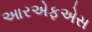
આરએફએસ